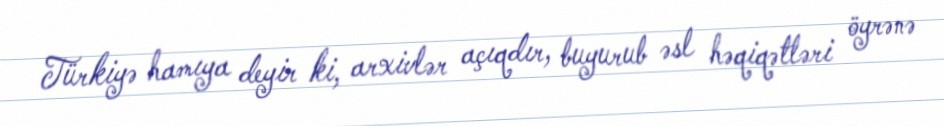
Türkiyə hamıya deyir ki, arxivlər açıqdır, buyurub əsl həqiqətləri öyrənə